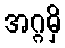
အဂ္ဂမှိ